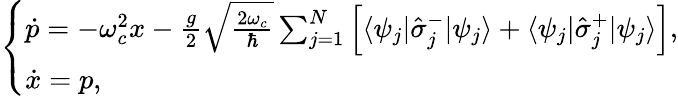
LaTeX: \begin{array}{r}{\left\{ \begin{array}{ll}{\dot{p}=-\omega_{c}^{2}x-\frac{g}{2}\sqrt{\frac{2\omega_{c}}{\hbar}}\sum_{j=1}^{N}\left[\langle\psi_{j}|\hat{\sigma}_{j}^{-}|\psi_{j}\rangle+\langle\psi_{j}|\hat{\sigma}_{j}^{+}|\psi_{j}\rangle\right],}\\ {\dot{x}=p,}\end{array}\right.}\end{array}